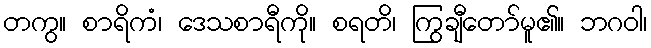
တကွ။ စာရိကံ၊ ဒေသစာရီကို။ စရတိ၊ ကြွချီတော်မူ၏။ ဘဂဝါ၊